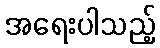
အရေးပါသည့်